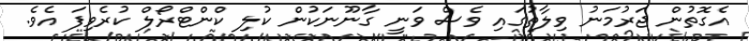
އެގޮތުން ޖަރުމަނު ވިލާތުގައި ވެސް ވަނީ ގާނޫނަކުން ކުލި ކްންޓްރޯލް ކުރެވިފަ އެވެ.